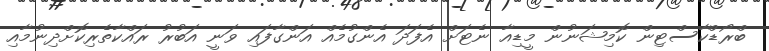
ބްރޯޑްކާސްޓިން ކޮމިޝަނުން މީޑިއާ ނެޓަށް އެފަދަ އެންގުމެއް އަންގާފައި ވަނީ އަބުރު ރައްކާތެރިކޮށްދިނުމާއި